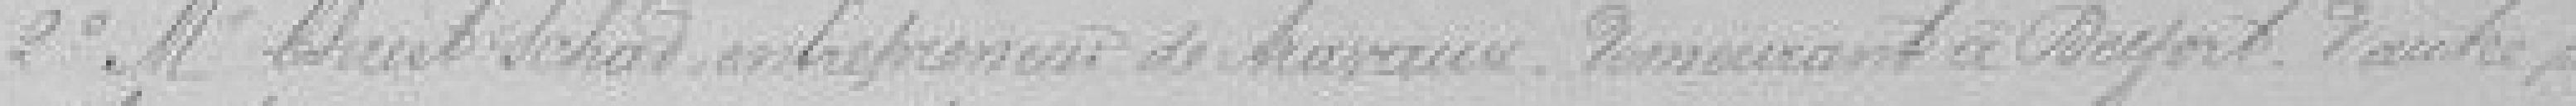
2° Monsieur Christ Schad entrepreneur de travaux, demeurant à Belfort, d'autre part